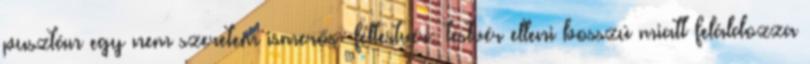
pusztán egy nem szeretem ismerős féltestvér testvér elleni bosszú miatt feláldozza